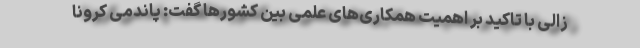
زالی با تاکید بر اهمیت همکاری‌های علمی بین کشورها گفت: پاندمی کرونا